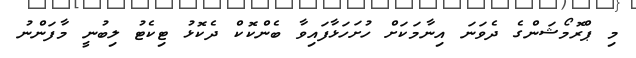
މި ޕްރޮމޯޝަންގެ ދެވަނަ އިނާމަކަށް ހުށަހަޅާފައިވާ ބެންކޮކް ދެކޮޅު ޓިކެޓު ލިބުނީ މާފަންނު